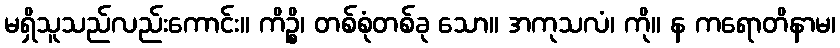
မရှိသူသည်လည်းကောင်း။ ကိဉ္စိ၊ တစ်စုံတစ်ခု သော။ အကုသလံ၊ ကို။ န ကရောတိနာမ၊